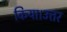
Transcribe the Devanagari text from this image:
किया।उत्तर